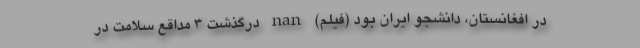
در افغانستان، دانشجو ایران بود (فیلم) nan درگذشت 3 مداقع سلامت در